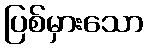
ပြစ်မှားသော